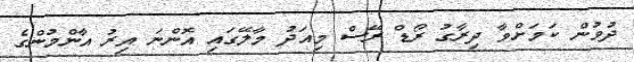
ދުވުން ކަމަށްވާ ދިރާގު ރޯޑް ރޭސް މިއަދު މާލޭގައި އޮންނަ އިރު އާންމުންގެ